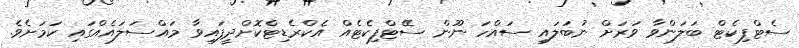
ސެޓްފިކެޓް ބަލަންވާ ވަރަށް ނުބަލައި ސައްހަ ނޫން ސެެޓްފިކެޓެއް އެކްރެޑިޓްކޮށްދީފައިވާ މައްސަލައެއްގައި ކަމަށެވެ.